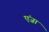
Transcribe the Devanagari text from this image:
एंज़ा